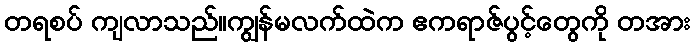
တရစပ် ကျလာသည်။ကျွန်မလက်ထဲက ဧကရာဇ်ပွင့်တွေကို တအား